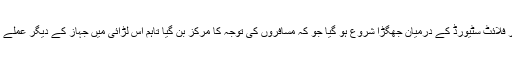
جس کے بعد پائلٹ اور فلائٹ سٹیورڈ کے درمیان جھگڑا شروع ہو گیا جو کہ مسافروں کی توجہ کا مرکز بن گیا تاہم اس لڑائی میں جہاز کے دیگر عملے میں پائلٹ کا ساتھ دیا ۔